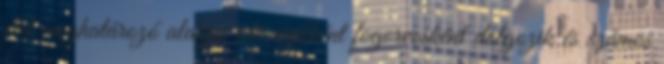
élet meghatározó alakja, aki civilként fogorvosként dolgozik és számos